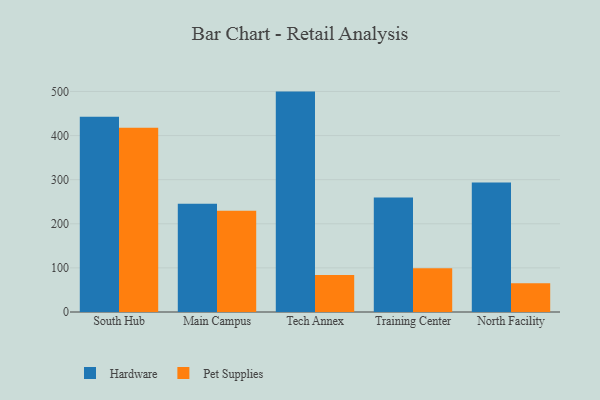
{"axis": {"x": "Campus", "y": "Humidity (%)"}, "legend": ["Hardware", "Pet Supplies"], "data": [{"x": "South Hub", "y": 442.6, "type": "Hardware"}, {"x": "South Hub", "y": 417.5, "type": "Pet Supplies"}, {"x": "Main Campus", "y": 245.3, "type": "Hardware"}, {"x": "Main Campus", "y": 229.5, "type": "Pet Supplies"}, {"x": "Tech Annex", "y": 499.7, "type": "Hardware"}, {"x": "Tech Annex", "y": 84.1, "type": "Pet Supplies"}, {"x": "Training Center", "y": 259.5, "type": "Hardware"}, {"x": "Training Center", "y": 99.1, "type": "Pet Supplies"}, {"x": "North Facility", "y": 293.4, "type": "Hardware"}, {"x": "North Facility", "y": 65.3, "type": "Pet Supplies"}]}